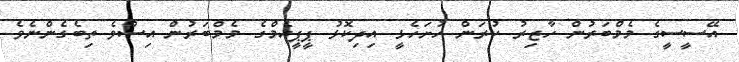
އޭސީސީގެ މެމްބަރުން ހާޒިރު ކުރަން ހުށަހެޅީ އިދިކޮޅު ޕީޕީއެމްގެ މެމްބަރުން އިސްވެ ތިބެގެންނެވެ.